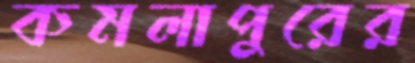
কমলাপুরের